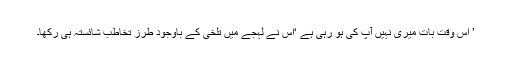
’ اس وقت بات میری نہیں آپ کی ہو رہی ہے ‘اس نے لہجے میں تلخی کے باوجود طرزِ تخاطب شائستہ ہی رکھا۔